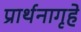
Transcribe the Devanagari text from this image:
प्रार्थनागृहे